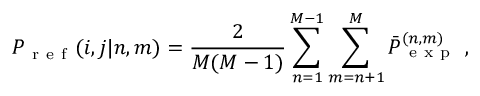
P _ { \mathrm { ~ r ~ e ~ f ~ } } ( i , j | n , m ) = \frac { 2 } { M ( M - 1 ) } \sum _ { n = 1 } ^ { M - 1 } \sum _ { m = n + 1 } ^ { M } \bar { P } _ { \mathrm { ~ e ~ x ~ p ~ } } ^ { ( n , m ) } ~ ,